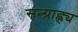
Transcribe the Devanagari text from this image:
सन्ग्राह्ल्य